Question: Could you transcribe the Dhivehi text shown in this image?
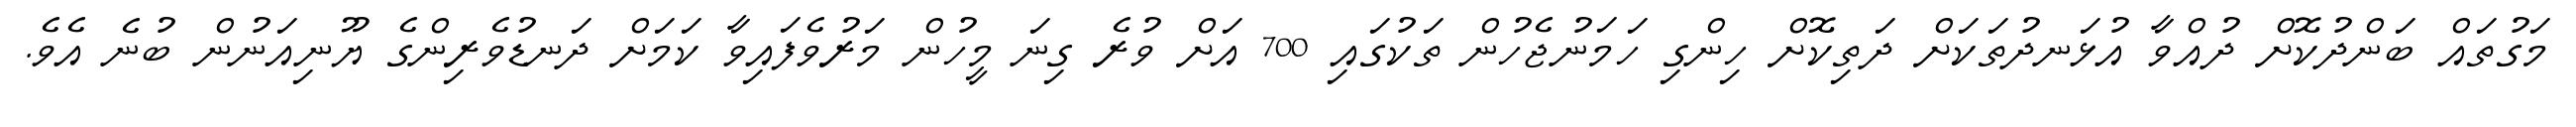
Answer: މަގުތައް ބަންދުކޮށް ދުއްވާ އުޅަނދުތަކަށް ދަތިކޮށް ހިންގި ހަމަނުޖެހުން ތަކުގައި 700 އަށް ވުރެ ގިނަ މީހުން މަރުވެފައިވާ ކަމަށް ދަނޑުވެރިންގެ ޔޫނިއަނުން ބުނެ އެވެ.